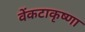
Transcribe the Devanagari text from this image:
वेंकटाकृष्णा